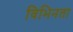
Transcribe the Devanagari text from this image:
विभिनता